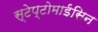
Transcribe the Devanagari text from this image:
स्टेप्टोमाईसिन